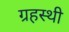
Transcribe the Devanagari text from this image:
ग्रहस्थी